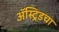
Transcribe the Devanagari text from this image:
ॲस्ट्रिडचा